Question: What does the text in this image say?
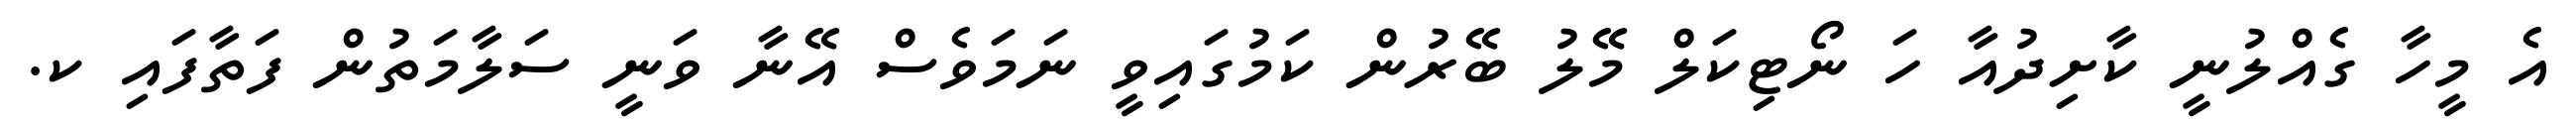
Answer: އެ މީހާ ގެއްލުނީ ކާށިދުއާ ހަ ނޯޓިކަލް މޭލު ބޭރުން ކަމުގައިވީ ނަމަވެސް އޭނާ ވަނީ ސަލާމަތުން ފަތާފައި ކ.